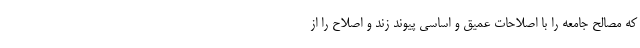
که مصالح جامعه را با اصلاحات عمیق و اساسی پیوند زند و اصلاح را از